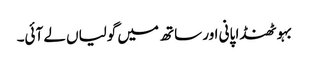
بہو ٹھنڈا پانی اور ساتھ میں گولیاں لے آئی۔